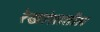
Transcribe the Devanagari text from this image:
रेखांशातील